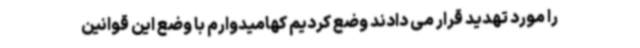
را مورد تهدید قرار می دادند وضع کردیم کهامیدوارم با وضع این قوانین